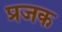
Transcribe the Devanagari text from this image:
प्रजक